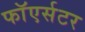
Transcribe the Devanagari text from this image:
फाॅएर्सटर